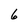
Character: 6